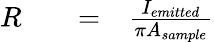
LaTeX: \begin{array}{rlrl}{R}&{{}}&{=}&{{}\frac{I_{emitted}}{\pi A_{sample}}}\end{array}